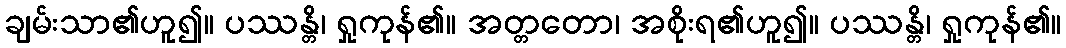
ချမ်းသာ၏ဟူ၍။ ပဿန္တိ၊ ရှုကုန်၏။ အတ္တတော၊ အစိုးရ၏ဟူ၍။ ပဿန္တိ၊ ရှုကုန်၏။